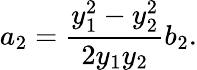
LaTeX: a_{2}=\frac{y_{1}^{2}-y_{2}^{2}}{2y_{1}y_{2}}b_{2}.